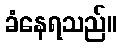
ခံနေရသည်။